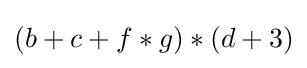
(b+c+f*g)*(d+3)